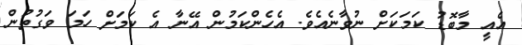
އެއީ މާބޮޑު ކަމަކަށް ނުވާނެއެވެ. އެހެންކަމުން އޭނާ އެ ކަމަށް ހަމަ ވަގުތުން